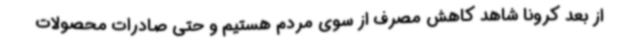
از بعد کرونا شاهد کاهش مصرف از سوی مردم هستیم و حتی صادرات محصولات